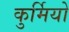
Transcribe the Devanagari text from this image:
कुर्मियो